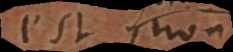
est non